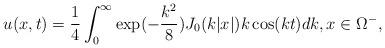
LaTeX: \begin{align*}u(x,t) = \frac14\int_0^\infty \exp(-\frac{k^2}{8})J_0(k|x|) k \cos(kt)dk, x \in \Omega^-,\end{align*}